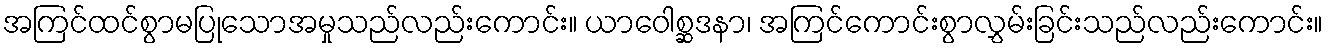
အကြင်ထင်စွာမပြုသောအမှုသည်လည်းကောင်း။ ယာဝေါစ္ဆဒနာ၊ အကြင်ကောင်းစွာလွှမ်းခြင်းသည်လည်းကောင်း။